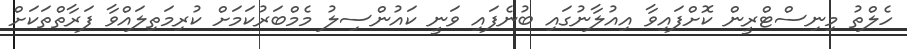
ހެލްތު މިނިސްޓްރީން ކޮށްފައިވާ އިއުލާނުގައި ބުނެފައި ވަނީ ކައުންސިލު މެމްބަރުކަމަށް ކުރިމަތިލައްވާ ފަރާތްތަކަށް